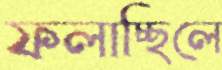
ফলাচ্ছিলে